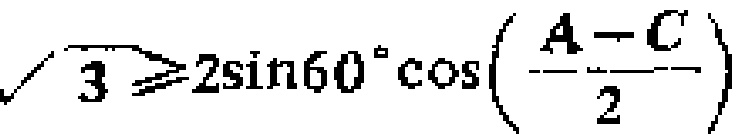
\(\sqrt{3}\geqslant 2\sin60^{\circ}\cos\left(\frac{A - C}{2}\right)\)